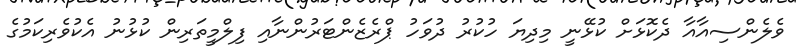
ވެލެންސިއާއާ ދެކޮޅަށް ކުޅޭނީ މިދިޔަ ހުކުރު ދުވަހު ޕްރެޒެންޓަރުންނާއި ފިލްމީތަރިން ކުޅުނު އެކުވެރިކަމުގެ